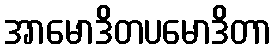
အာမောဒိတပမောဒိတာ